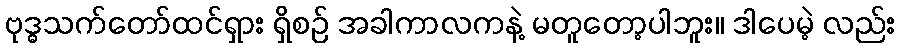
ဗုဒ္ဓသက်တော်ထင်ရှား ရှိစဉ် အခါကာလကနဲ့ မတူတော့ပါဘူး။ ဒါပေမဲ့ လည်း